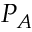
P _ { A }